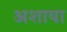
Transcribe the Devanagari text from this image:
अशाया